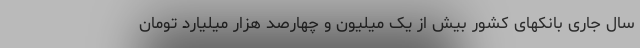
سال جاری بانکهای کشور بیش از یک میلیون و چهارصد هزار میلیارد تومان